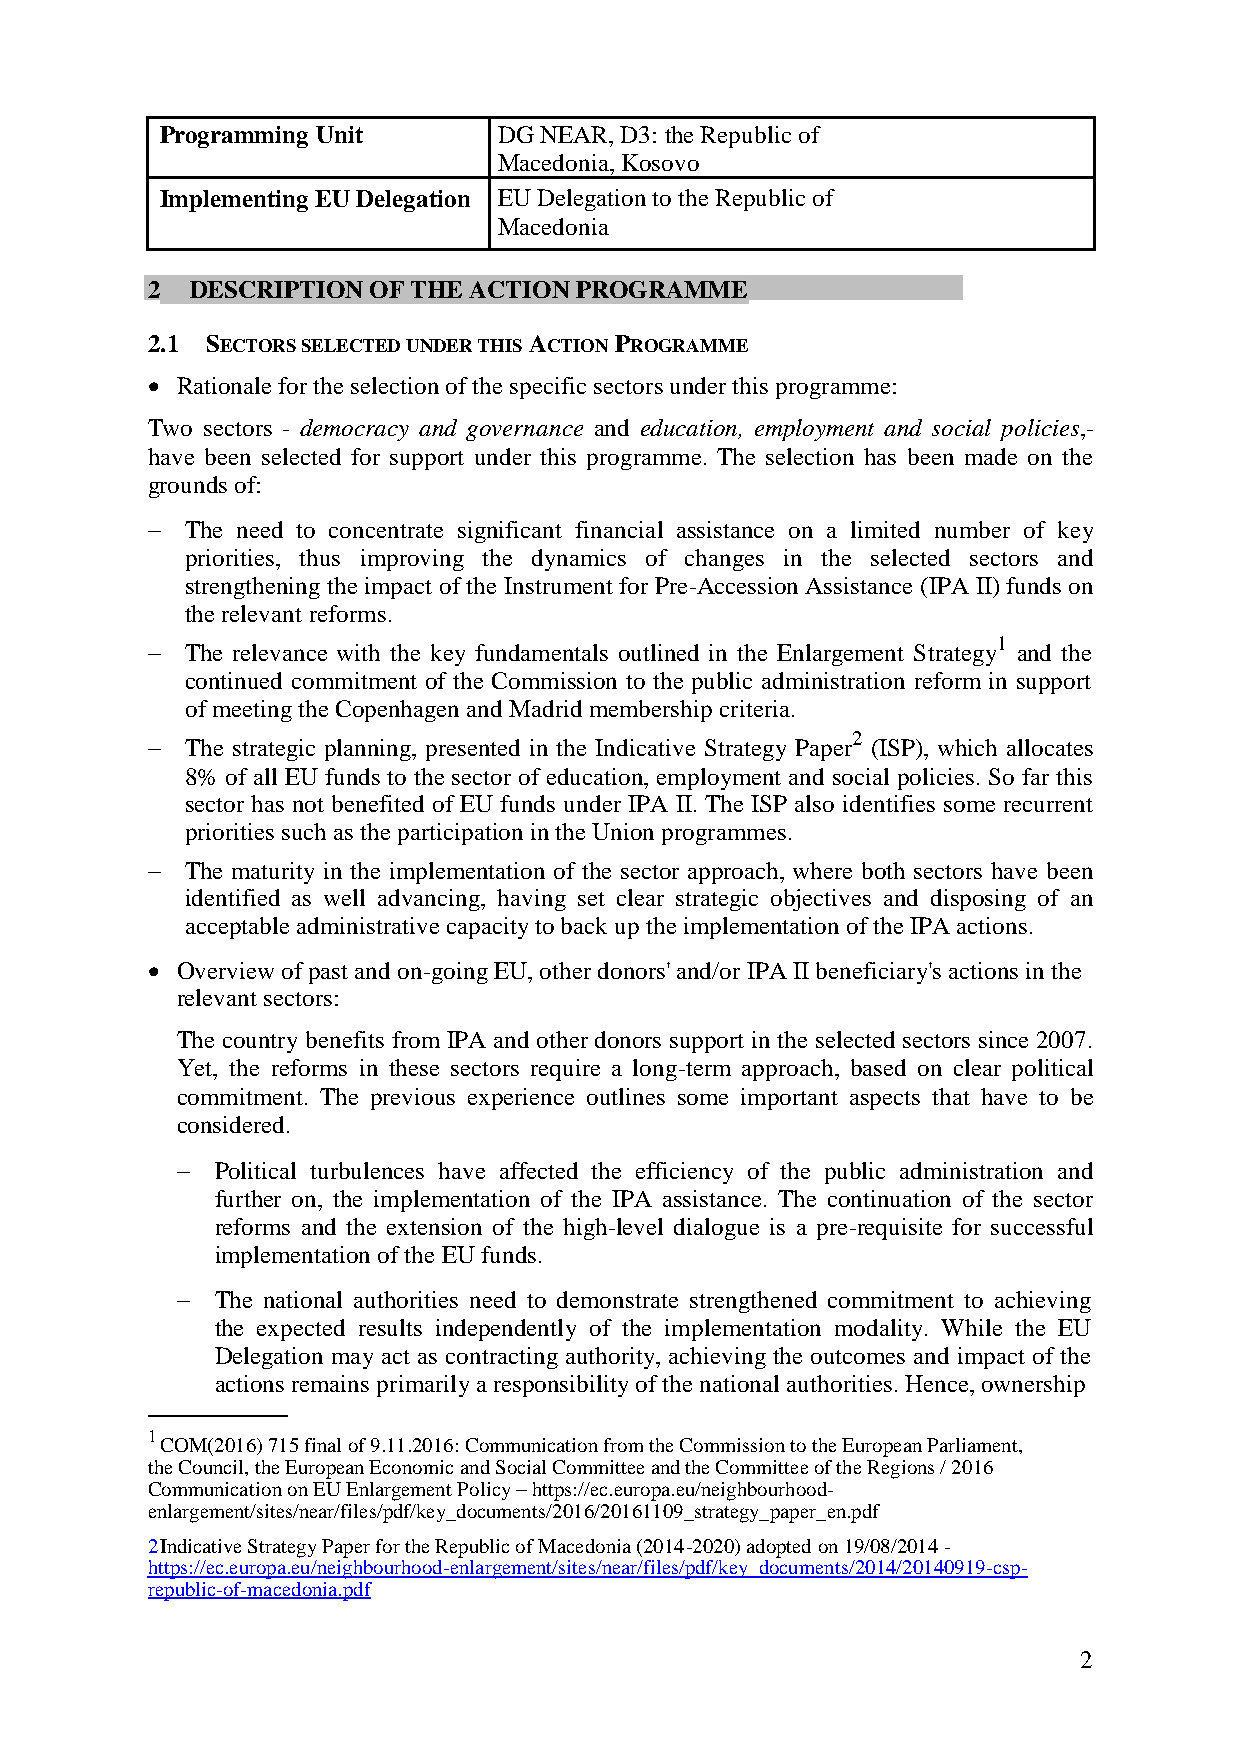
Programming Unit      DG NEAR, D3: the Republic of
 Macedonia, Kosovo
 Implementing EU Delegation EU Delegation to the Republic of
 Macedonia
 2  DESCRIPTION OF THE ACTION PROGRAMME
 2.1 SECTORS SELECTED UNDER THIS ACTION PROGRAMME
  Rationale for the selection of the specific sectors under this programme:
 Two sectors - democracy and governance and education, employment and social policies,-
 have been selected for support under this programme. The selection has been made on the
 grounds of:
  The need to concentrate significant financial assistance on a limited number of key
 priorities, thus improving the dynamics of changes in the selected sectors and
 strengthening the impact of the Instrument for Pre-Accession Assistance (IPA II) funds on
 the relevant reforms.
 
 1
  The relevance with the key fundamentals outlined in the Enlargement Strategy and the
 continued commitment of the Commission to the public administration reform in support
 of meeting the Copenhagen and Madrid membership criteria.
 
 2
  The strategic planning, presented in the Indicative Strategy Paper (ISP), which allocates
 8% of all EU funds to the sector of education, employment and social policies. So far this
 sector has not benefited of EU funds under IPA II. The ISP also identifies some recurrent
 priorities such as the participation in the Union programmes.
 
  The maturity in the implementation of the sector approach, where both sectors have been
 identified as well advancing, having set clear strategic objectives and disposing of an
 acceptable administrative capacity to back up the implementation of the IPA actions.
  Overview of past and on-going EU, other donors' and/or IPA II beneficiary's actions in the
 relevant sectors:
 
 The country benefits from IPA and other donors support in the selected sectors since 2007.
 Yet, the reforms in these sectors require a long-term approach, based on clear political
 commitment. The previous experience outlines some important aspects that have to be
 considered.
 
  Political turbulences have affected the efficiency of the public administration and
 further on, the implementation of the IPA assistance. The continuation of the sector
 reforms and the extension of the high-level dialogue is a pre-requisite for successful
 implementation of the EU funds.
 
  The national authorities need to demonstrate strengthened commitment to achieving
 the expected results independently of the implementation modality. While the EU
 Delegation may act as contracting authority, achieving the outcomes and impact of the
 actions remains primarily a responsibility of the national authorities. Hence, ownership
 1
 COM(2016) 715 final of 9.11.2016: Communication from the Commission to the European Parliament,
 the Council, the European Economic and Social Committee and the Committee of the Regions / 2016
 Communication on EU Enlargement Policy – https://ec.europa.eu/neighbourhood-
 enlargement/sites/near/files/pdf/key_documents/2016/20161109_strategy_paper_en.pdf
 2 Indicative Strategy Paper for the Republic of Macedonia (2014-2020) adopted on 19/08/2014 -
 https://ec.europa.eu/neighbourhood-enlargement/sites/near/files/pdf/key_documents/2014/20140919-csp-
 republic-of-macedonia.pdf
 2